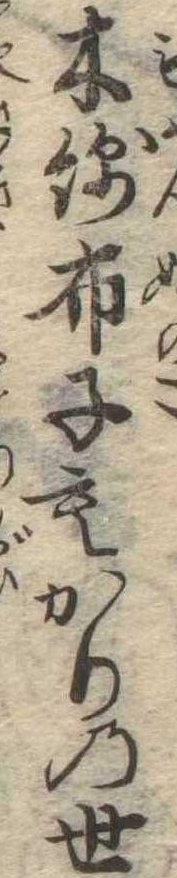
木綿布子もかりの世